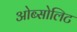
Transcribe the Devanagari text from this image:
ओब्सोलिट